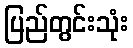
ပြည်တွင်းသုံး